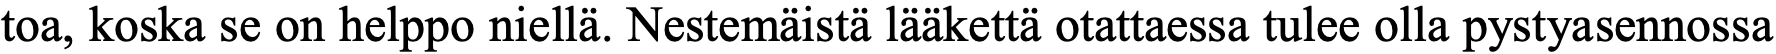
toa, koska se on helppo niellä. Nestemäistä lääkettä otattaessa tulee olla pystyasennossa